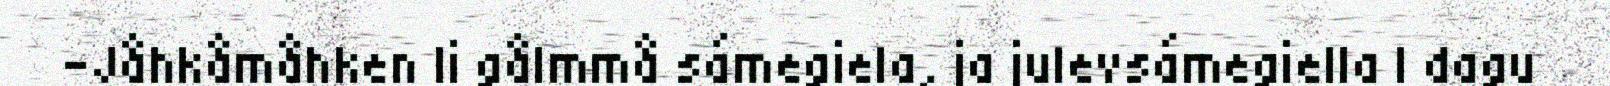
-Jåhkåmåhken li gålmmå sámegiela, ja julevsámegiella l dagu